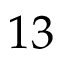
1 3